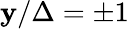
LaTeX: \mathbf{y}/\Delta=\pm1